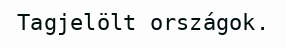
Tagjelölt országok.